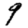
Digit: 9